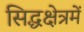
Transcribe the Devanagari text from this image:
सिद्धक्षेत्रमें